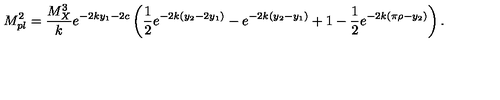
M _ { p l } ^ { 2 } = { \frac { M _ { X } ^ { 3 } } { k } } e ^ { - 2 k y _ { 1 } - 2 c } \left( { \frac { 1 } { 2 } } e ^ { - 2 k ( y _ { 2 } - 2 y _ { 1 } ) } - e ^ { - 2 k ( y _ { 2 } - y _ { 1 } ) } + 1 - { \frac { 1 } { 2 } } e ^ { - 2 k ( \pi \rho - y _ { 2 } ) } \right) . \,